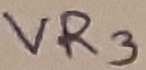
Text: VR3